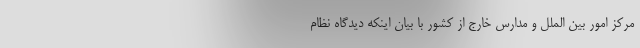
مرکز امور بین الملل و مدارس خارج از کشور با بیان اینکه دیدگاه نظام